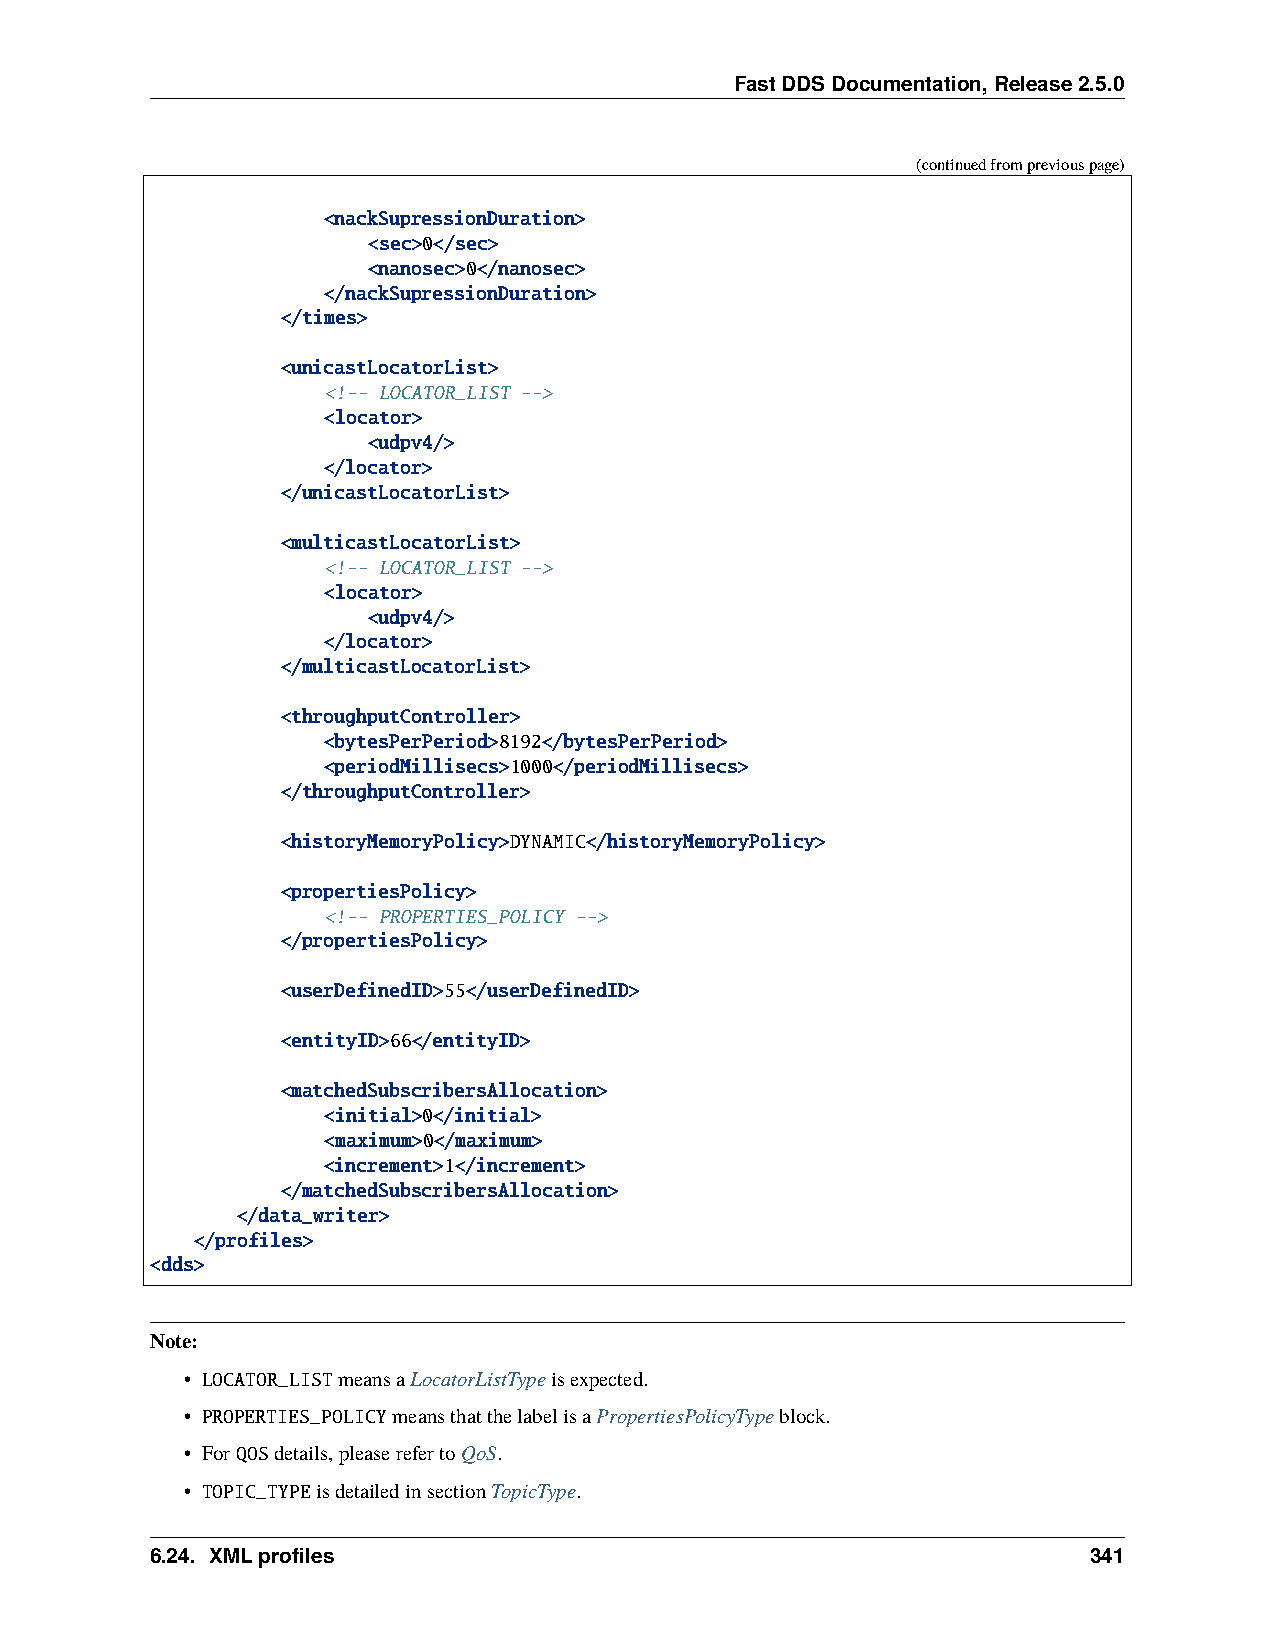
FastDDSDocumentation,Release2.5.0
 (continuedfrompreviouspage)
 <nackSupressionDuration>
 <sec>0</sec>
 <nanosec>0</nanosec>
 </nackSupressionDuration>
 </times>
 <unicastLocatorList>
 <!-- LOCATOR_LIST -->
 <locator>
 <udpv4/>
 </locator>
 </unicastLocatorList>
 <multicastLocatorList>
 <!-- LOCATOR_LIST -->
 <locator>
 <udpv4/>
 </locator>
 </multicastLocatorList>
 <throughputController>
 <bytesPerPeriod>8192</bytesPerPeriod>
 <periodMillisecs>1000</periodMillisecs>
 </throughputController>
 <historyMemoryPolicy>DYNAMIC</historyMemoryPolicy>
 <propertiesPolicy>
 <!-- PROPERTIES_POLICY -->
 </propertiesPolicy>
 <userDefinedID>55</userDefinedID>
 <entityID>66</entityID>
 <matchedSubscribersAllocation>
 <initial>0</initial>
 <maximum>0</maximum>
 <increment>1</increment>
 </matchedSubscribersAllocation>
 </data_writer>
 </profiles>
 <dds>
 Note:
 • LOCATOR_LISTmeansaLocatorListTypeisexpected.
 • PROPERTIES_POLICYmeansthatthelabelisaPropertiesPolicyTypeblock.
 • ForQOSdetails,pleaserefertoQoS.
 • TOPIC_TYPEisdetailedinsectionTopicType.
 6.24. XMLprofiles                                             341